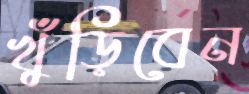
খুঁড়িবেন